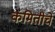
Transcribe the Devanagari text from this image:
कंमितीचे